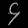
Digit: ၄